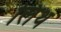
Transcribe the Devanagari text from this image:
लिंथ